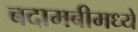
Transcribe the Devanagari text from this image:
बदामबीमध्ये